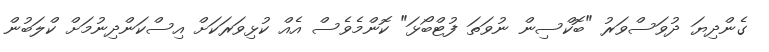
ގެންދިޔަ ދުވަސްވަރު "ބޮކްސިން ނުވަތަ ފުޓްބޯޅަ" ކޮންމެވެސް އެއް ކުޅިވަރަކަށް އިސްކަންދިނުމަށް ކްލަބުން